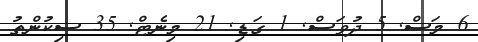
6 މަސް